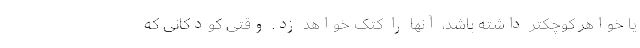
یا خواهر کوچکتر داشته‌ باشد، آنها را کتک خواهد زد. وقتی کودکانی که